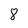
Character: 8